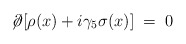
\begin{align*} \not \! \partial [ \rho (x) + i \gamma_5 \sigma (x) ] \;=\; 0 \,\end{align*}